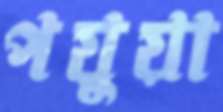
পড়ুয়া